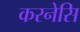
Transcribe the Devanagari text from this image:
करनेसि